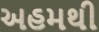
અહમથી